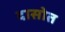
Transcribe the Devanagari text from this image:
दासोत